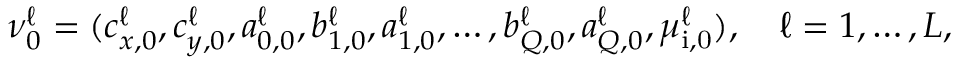
\begin{array} { r } { \ensuremath { \boldsymbol \nu } _ { 0 } ^ { \ell } = ( c _ { x , 0 } ^ { \ell } , c _ { y , 0 } ^ { \ell } , a _ { 0 , 0 } ^ { \ell } , b _ { 1 , 0 } ^ { \ell } , a _ { 1 , 0 } ^ { \ell } , \ldots , b _ { Q , 0 } ^ { \ell } , a _ { Q , 0 } ^ { \ell } , \mu _ { \mathrm { i , 0 } } ^ { \ell } ) , \quad \ell = 1 , \ldots , L , } \end{array}